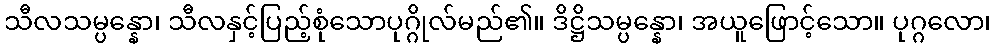
သီလသမ္ပန္နော၊ သီလနှင့်ပြည့်စုံသောပုဂ္ဂိုလ်မည်၏။ ဒိဋ္ဌိသမ္ပန္နော၊ အယူဖြောင့်သော။ ပုဂ္ဂလော၊